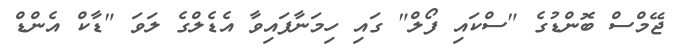
ޖޭމްސް ބޮންޑުގެ "ސްކައި ފޯލް" ގައި ހިމަނާފައިވާ އެޑެލްގެ ލަވަ "ޑާކް އެންޑް